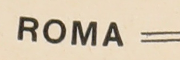
ROMA